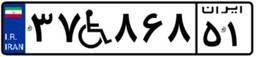
۳۷W۸۶۸۵۱